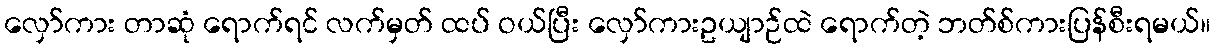
လှော်ကား တာဆုံ ရောက်ရင် လက်မှတ် ထပ် ဝယ်ပြီး လှော်ကားဥယျာဉ်ထဲ ရောက်တဲ့ ဘတ်စ်ကားပြန်စီးရမယ်။